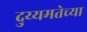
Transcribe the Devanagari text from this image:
दुय्यमतेच्या